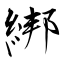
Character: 綁